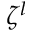
\zeta ^ { l }